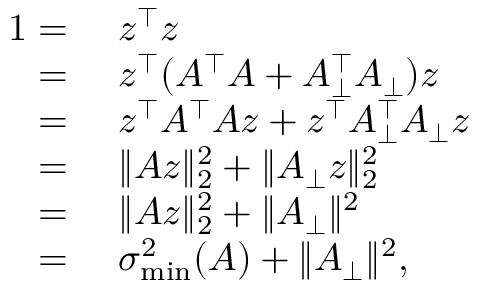
\begin{array} { r l } { 1 = } & { ~ z ^ { \top } z } \\ { = } & { ~ z ^ { \top } ( A ^ { \top } A + A _ { \bot } ^ { \top } A _ { \bot } ) z } \\ { = } & { ~ z ^ { \top } A ^ { \top } A z + z ^ { \top } A _ { \bot } ^ { \top } A _ { \bot } z } \\ { = } & { ~ \| A z \| _ { 2 } ^ { 2 } + \| A _ { \bot } z \| _ { 2 } ^ { 2 } } \\ { = } & { ~ \| A z \| _ { 2 } ^ { 2 } + \| A _ { \bot } \| ^ { 2 } } \\ { = } & { ~ \sigma _ { \operatorname* { m i n } } ^ { 2 } ( A ) + \| A _ { \bot } \| ^ { 2 } , } \end{array}